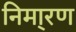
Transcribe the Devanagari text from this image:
निमा्रण